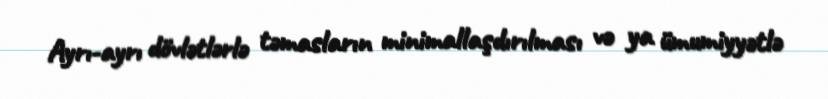
Ayrı-ayrı dövlətlərlə təmasların minimallaşdırılması və ya ümumiyyətlə